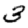
Digit: 3